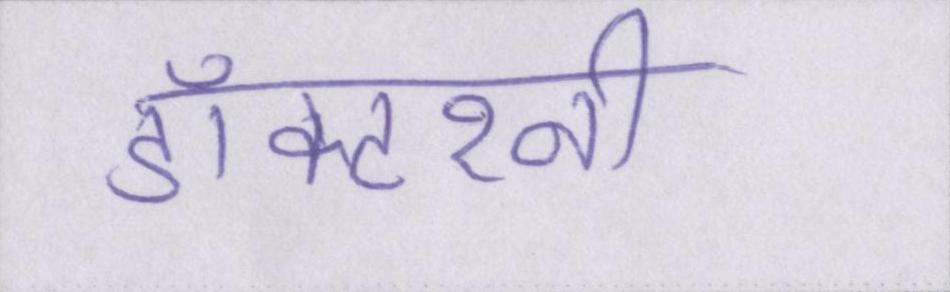
डॉक्टरनी